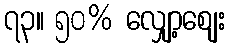
၇၃။ ၅၀% လျှော့စျေး